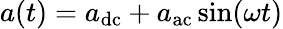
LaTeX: a(t)=a_{\mathrm{dc}}+a_{\mathrm{ac}}\sin(\omega t)